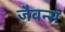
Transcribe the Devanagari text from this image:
जैवन्स